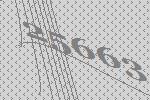
25663